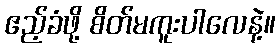
ဧည့်ခံဖို့ စိတ်မကူးပါလေနဲ့။